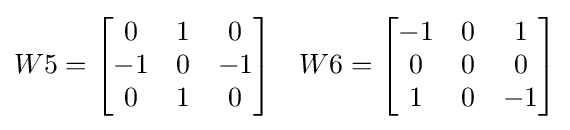
W5={\begin{bmatrix}0&1&0\\-1&0&-1\\0&1&0\end{bmatrix}}\quad W6={\begin{bmatrix}-1&0&1\\0&0&0\\1&0&-1\end{bmatrix}}